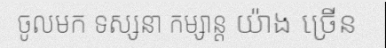
ចូលមក ទស្សនា កម្សាន្ត យ៉ាង ច្រើន